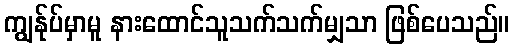
ကျွန်ုပ်မှာမူ နားထောင်သူသက်သက်မျှသာ ဖြစ်ပေသည်။